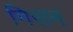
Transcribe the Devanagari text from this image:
गिसन